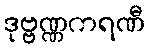
ဒုဗ္ဗဏ္ဏကရဏီ